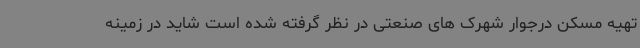
تهیه مسکن درجوار شهرک های صنعتی در نظر گرفته شده است شاید در زمینه